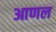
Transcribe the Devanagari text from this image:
आणल